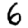
Digit: 6